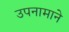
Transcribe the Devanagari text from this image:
उपनामाने